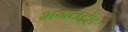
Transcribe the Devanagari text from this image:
भगवद्देह